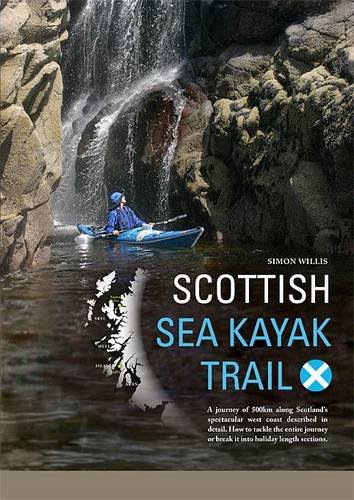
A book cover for Scottish Sea Kayak Trail; Simon Willis; Sports & Outdoors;